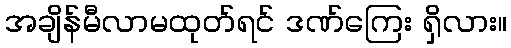
အချိန်မီလာမထုတ်ရင် ဒဏ်ကြေး ရှိလား။